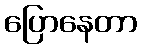
ပြောနေတာ